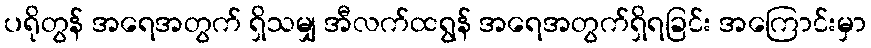
ပရိုတွန် အရေအတွက် ရှိသမျှ အီလက်ထရွန် အရေအတွက်ရှိရခြင်း အကြောင်းမှာ